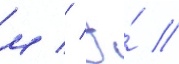
м // Э́ //